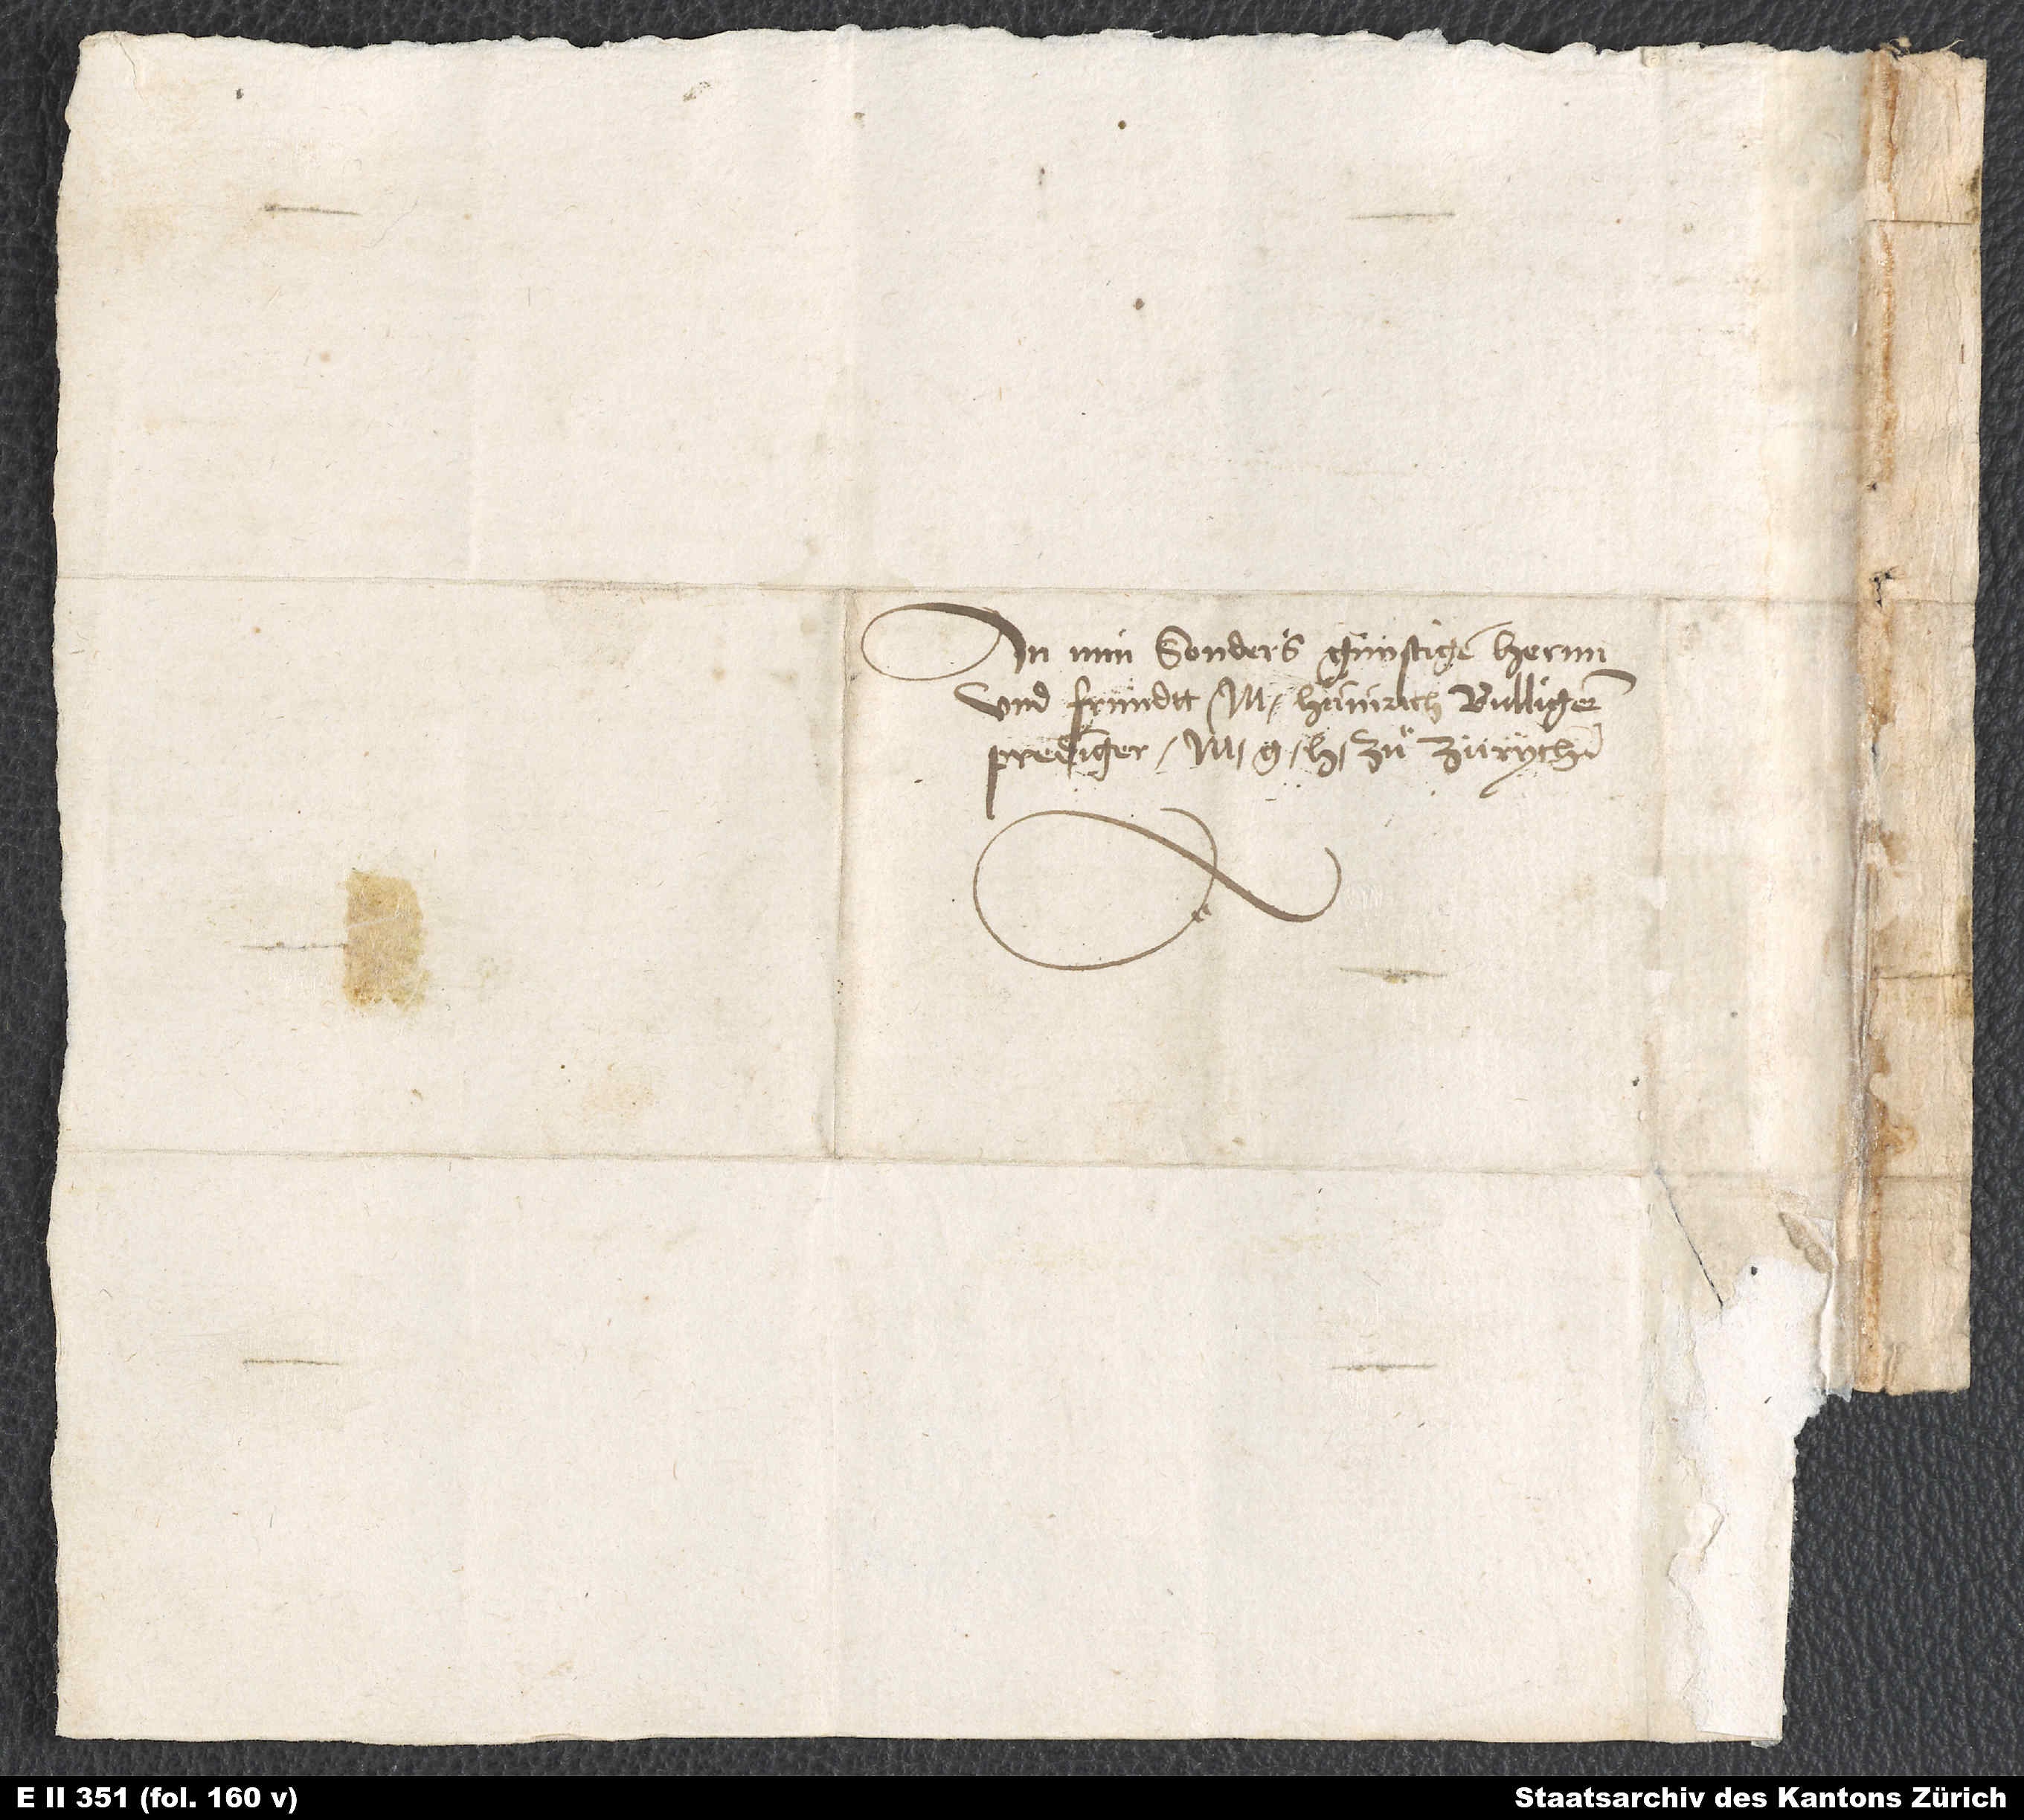
An min sonders günstigen hernn
und fründtt M. Hainrich Bulligern,
prediger m zuͦ Zürych.